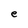
Character: e